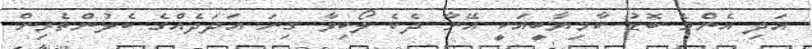
އަދި އެންމެ ބޮޑު ކާމިޔާބީއަކީ އޭނާ ދެކެ ލޯބިވާ ގިނަ އަދަދެއްގެ ބެލުންތެރިން